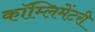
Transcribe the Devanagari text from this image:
कॉम्लिमेंटरी